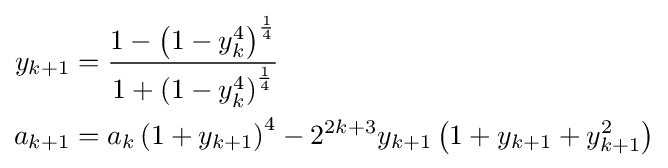
{\begin{aligned}y_{k+1}&={\frac {1-\left(1-y_{k}^{4}\right)^{\frac {1}{4}}}{1+\left(1-y_{k}^{4}\right)^{\frac {1}{4}}}}\\a_{k+1}&=a_{k}\left(1+y_{k+1}\right)^{4}-2^{2k+3}y_{k+1}\left(1+y_{k+1}+y_{k+1}^{2}\right)\end{aligned}}